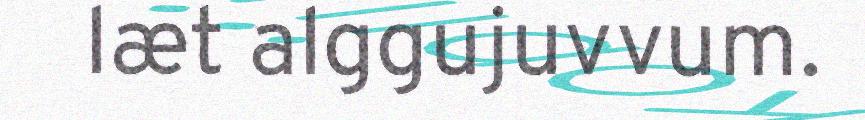
læt alggujuvvum.